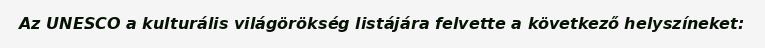
Az UNESCO a kulturális világörökség listájára felvette a következő helyszíneket: